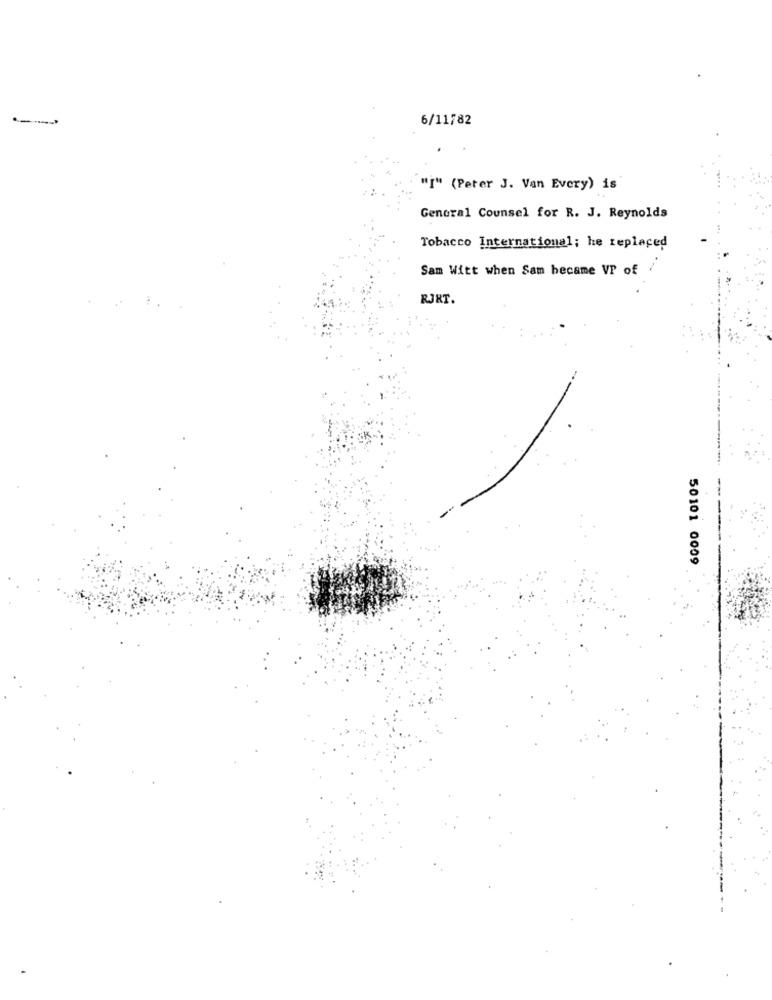
.-
6/11782
"I" (Peter J. Van Every) is
General Counsel for R. J. Reynolds
Tobacco International; he replaced
Sam Witt when Sam became VP of
RJRT.
50101 0009